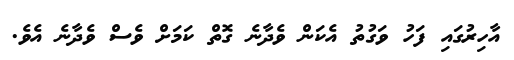
އާހިރުގައި ފަހު ވަގުތު އެކަން ވެދާނެ ގޮތް ކަމަށް ވެސް ވެދާނެ އެވެ.